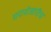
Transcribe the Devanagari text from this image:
घराशेजारीच